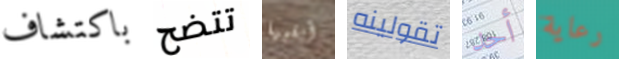
باكتشاف تتضح أبقيها تقولينه أحد رعاية